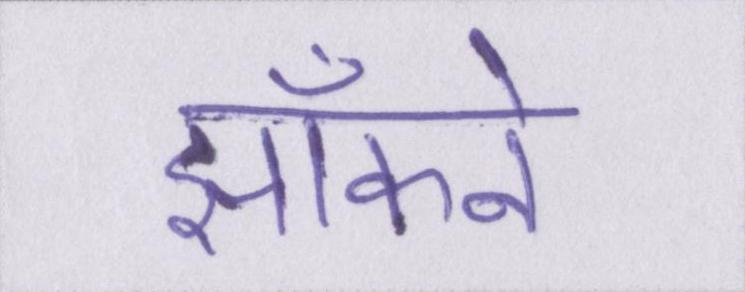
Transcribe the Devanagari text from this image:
झाँकने